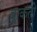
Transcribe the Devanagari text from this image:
वाकतो